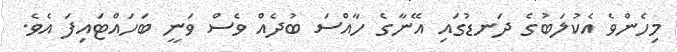
މިހެންވެ އެކުލަބުގެ ދަނޑުގައި އޭނާގެ ހާއްސަ ބުދެއް ވެސް ވަނީ ބަހައްޓައިފަ އެވެ.